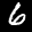
Label: 6